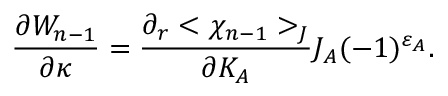
{ \frac { \partial W _ { n - 1 } } { \partial \kappa } } = { \frac { \partial _ { r } < \chi _ { n - 1 } > _ { J } } { \partial K _ { A } } } J _ { A } ( - 1 ) ^ { \varepsilon _ { A } } .